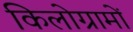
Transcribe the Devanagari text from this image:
किलोग्रामों